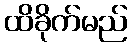
ထိခိုက်မည်